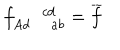
\ f _ { A d \, \, \, \, \, \, \, a b } ^ { \, \, \, \, \, \, \, \, \, c d } = \overline { { { f } } }